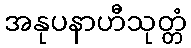
အနုပနာဟီသုတ္တံ